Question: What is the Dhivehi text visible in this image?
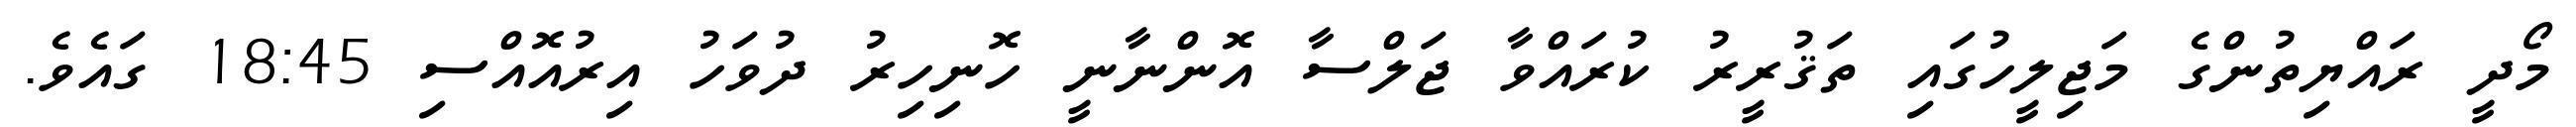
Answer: މޯދީ ރައްޔިތުންގެ މަޖިލީހުގައި ތަޤުރީރު ކުރައްވާ ޖަލްސާ އޮންނާނީ ހޮނިހިރު ދުވަހު އިރުއޮއްސި 18:45 ގައެވެ.